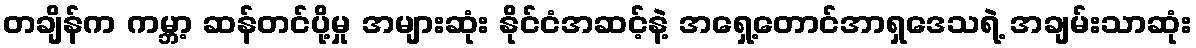
တချိန်က ကမ္ဘာ့ ဆန်တင်ပို့မှု အများဆုံး နိုင်ငံအဆင့်နဲ့ အရှေ့တောင်အာရှဒေသရဲ့ အချမ်းသာဆုံး